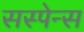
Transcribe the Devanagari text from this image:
सस्पेन्स